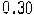
0.30